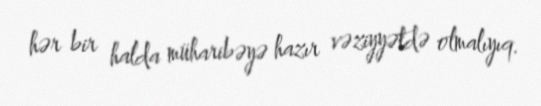
hər bir halda müharibəyə hazır vəziyyətdə olmalıyıq.